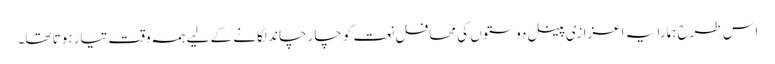
اس طرح ہمارا یہ اعزازی پینل دوستوں کی محافل نعت کو چار چاند لگانے کے لیے ہمہ وقت تیار ہوتا تھا۔